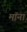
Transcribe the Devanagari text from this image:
मॉना